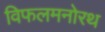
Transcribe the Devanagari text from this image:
विफलमनोरथ